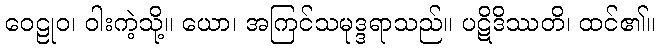
ဝေဠုဝ၊ ဝါးကဲ့သို့။ ယော၊ အကြင်သမုဒ္ဒရာသည်။ ပဋိဒိဿတိ၊ ထင်၏။